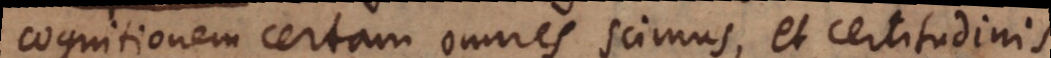
cognitionem certam omnes scimus, et certitudinis